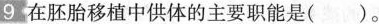
9 在胚胎移植中供体的主要职能是( )。